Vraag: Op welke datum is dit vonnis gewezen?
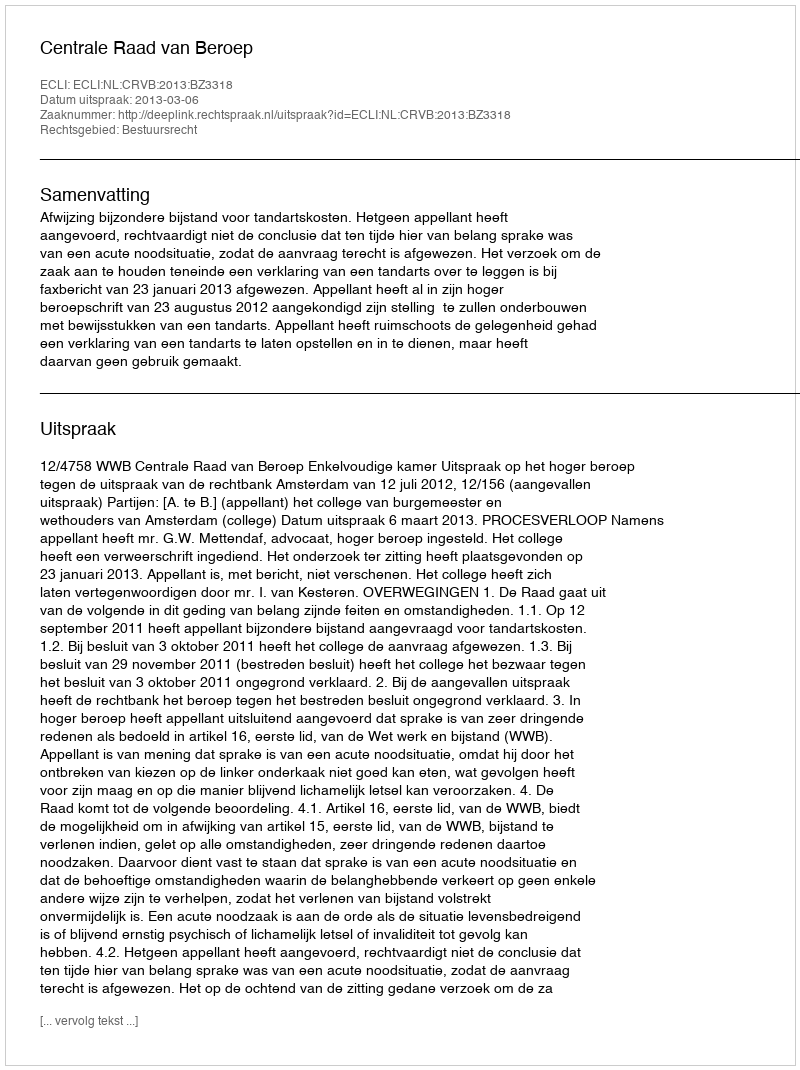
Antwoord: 2013-03-06